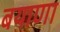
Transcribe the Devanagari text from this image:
बयाणा